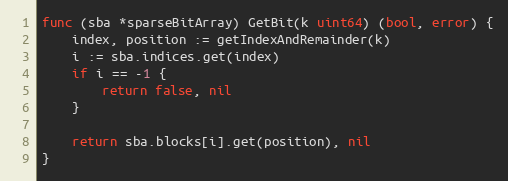
Language: Go
func (sba *sparseBitArray) GetBit(k uint64) (bool, error) {
	index, position := getIndexAndRemainder(k)
	i := sba.indices.get(index)
	if i == -1 {
		return false, nil
	}

	return sba.blocks[i].get(position), nil
}